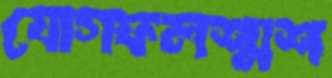
যোগফলশ্মশ